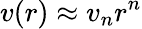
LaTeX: v(r)\approx v_{n}r^{n}